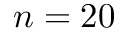
n = 2 0